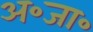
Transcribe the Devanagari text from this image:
अ॰जा॰